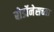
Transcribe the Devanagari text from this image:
बोर्डोनेसच्या